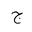
Letter: _gim